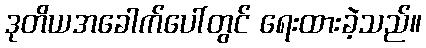
ဒုတိယအခေါက်ပေါ်တွင် ရေးထားခဲ့သည်။